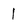
Character: 1